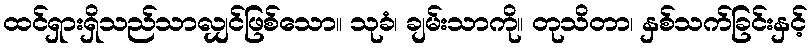
ထင်ရှားရှိသည်သာလျှင်ဖြစ်သော။ သုခံ၊ ချမ်းသာကို။ တုသိတာ၊ နှစ်သက်ခြင်းနှင့်